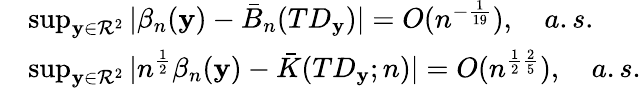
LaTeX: \begin{array}{rl}&{\operatorname*{sup}_{{\mathbf{y}}\in{\mathcal{R}}^{2}}|\beta_{n}({\mathbf{y}})-\bar{B}_{n}(TD_{\mathbf{y}})|=O(n^{-\frac{1}{19}}),\quad a.s.}\\ &{\operatorname*{sup}_{{\mathbf{y}}\in{\mathcal{R}}^{2}}|n^{\frac{1}{2}}\beta_{n}({\mathbf{y}})-\bar{K}(TD_{\mathbf{y}};n)|=O(n^{\frac{1}{2}\frac{2}{5}}),\quad a.s.}\end{array}